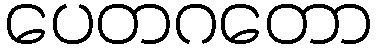
ပေတဂတော